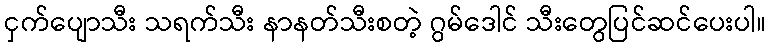
ငှက်ပျောသီး သရက်သီး နာနတ်သီးစတဲ့ ဂွမ်ဒေါင် သီးတွေပြင်ဆင်ပေးပါ။